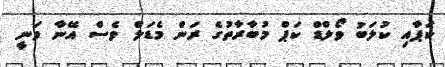
ކަޕާއި ކުލަބު ވޯލްޑް ކަޕް މުބާރާތުގެ ރަން މެޑަލް ވެސް އޭނާ ވަނީ